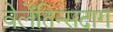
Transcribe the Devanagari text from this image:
वेलेंतिन्सदाग